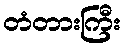
တံတားကြီး